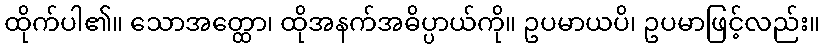
ထိုက်ပါ၏။ သောအတ္ထော၊ ထိုအနက်အဓိပ္ပာယ်ကို။ ဥပမာယပိ၊ ဥပမာဖြင့်လည်း။